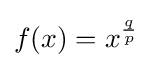
f(x)=x^{\frac {q}{p}}